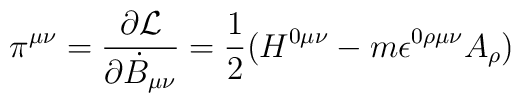
\pi^{\mu \nu} = \frac{\partial{\cal L}}{\partial {\dot{B}}_{\mu \nu}} = \frac{1}{2}(H^{0 \mu \nu} - m \epsilon^{0 \rho \mu \nu}A_{\rho})